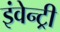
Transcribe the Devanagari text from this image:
इंवेन्ट्री